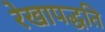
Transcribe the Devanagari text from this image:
रेखापद्धति